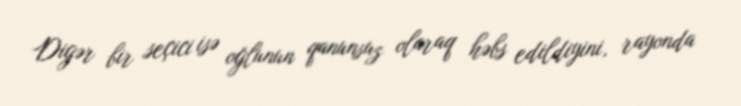
Digər bir seçici isə oğlunun qanunsuz olaraq həbs edildiyini, rayonda